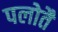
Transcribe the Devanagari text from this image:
पलोतै